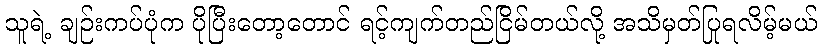
သူရဲ့ ချဉ်းကပ်ပုံက ပိုပြီးတော့တောင် ရင့်ကျက်တည်ငြိမ်တယ်လို့ အသိမှတ်ပြုရလိမ့်မယ်